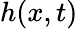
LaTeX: h(x,t)